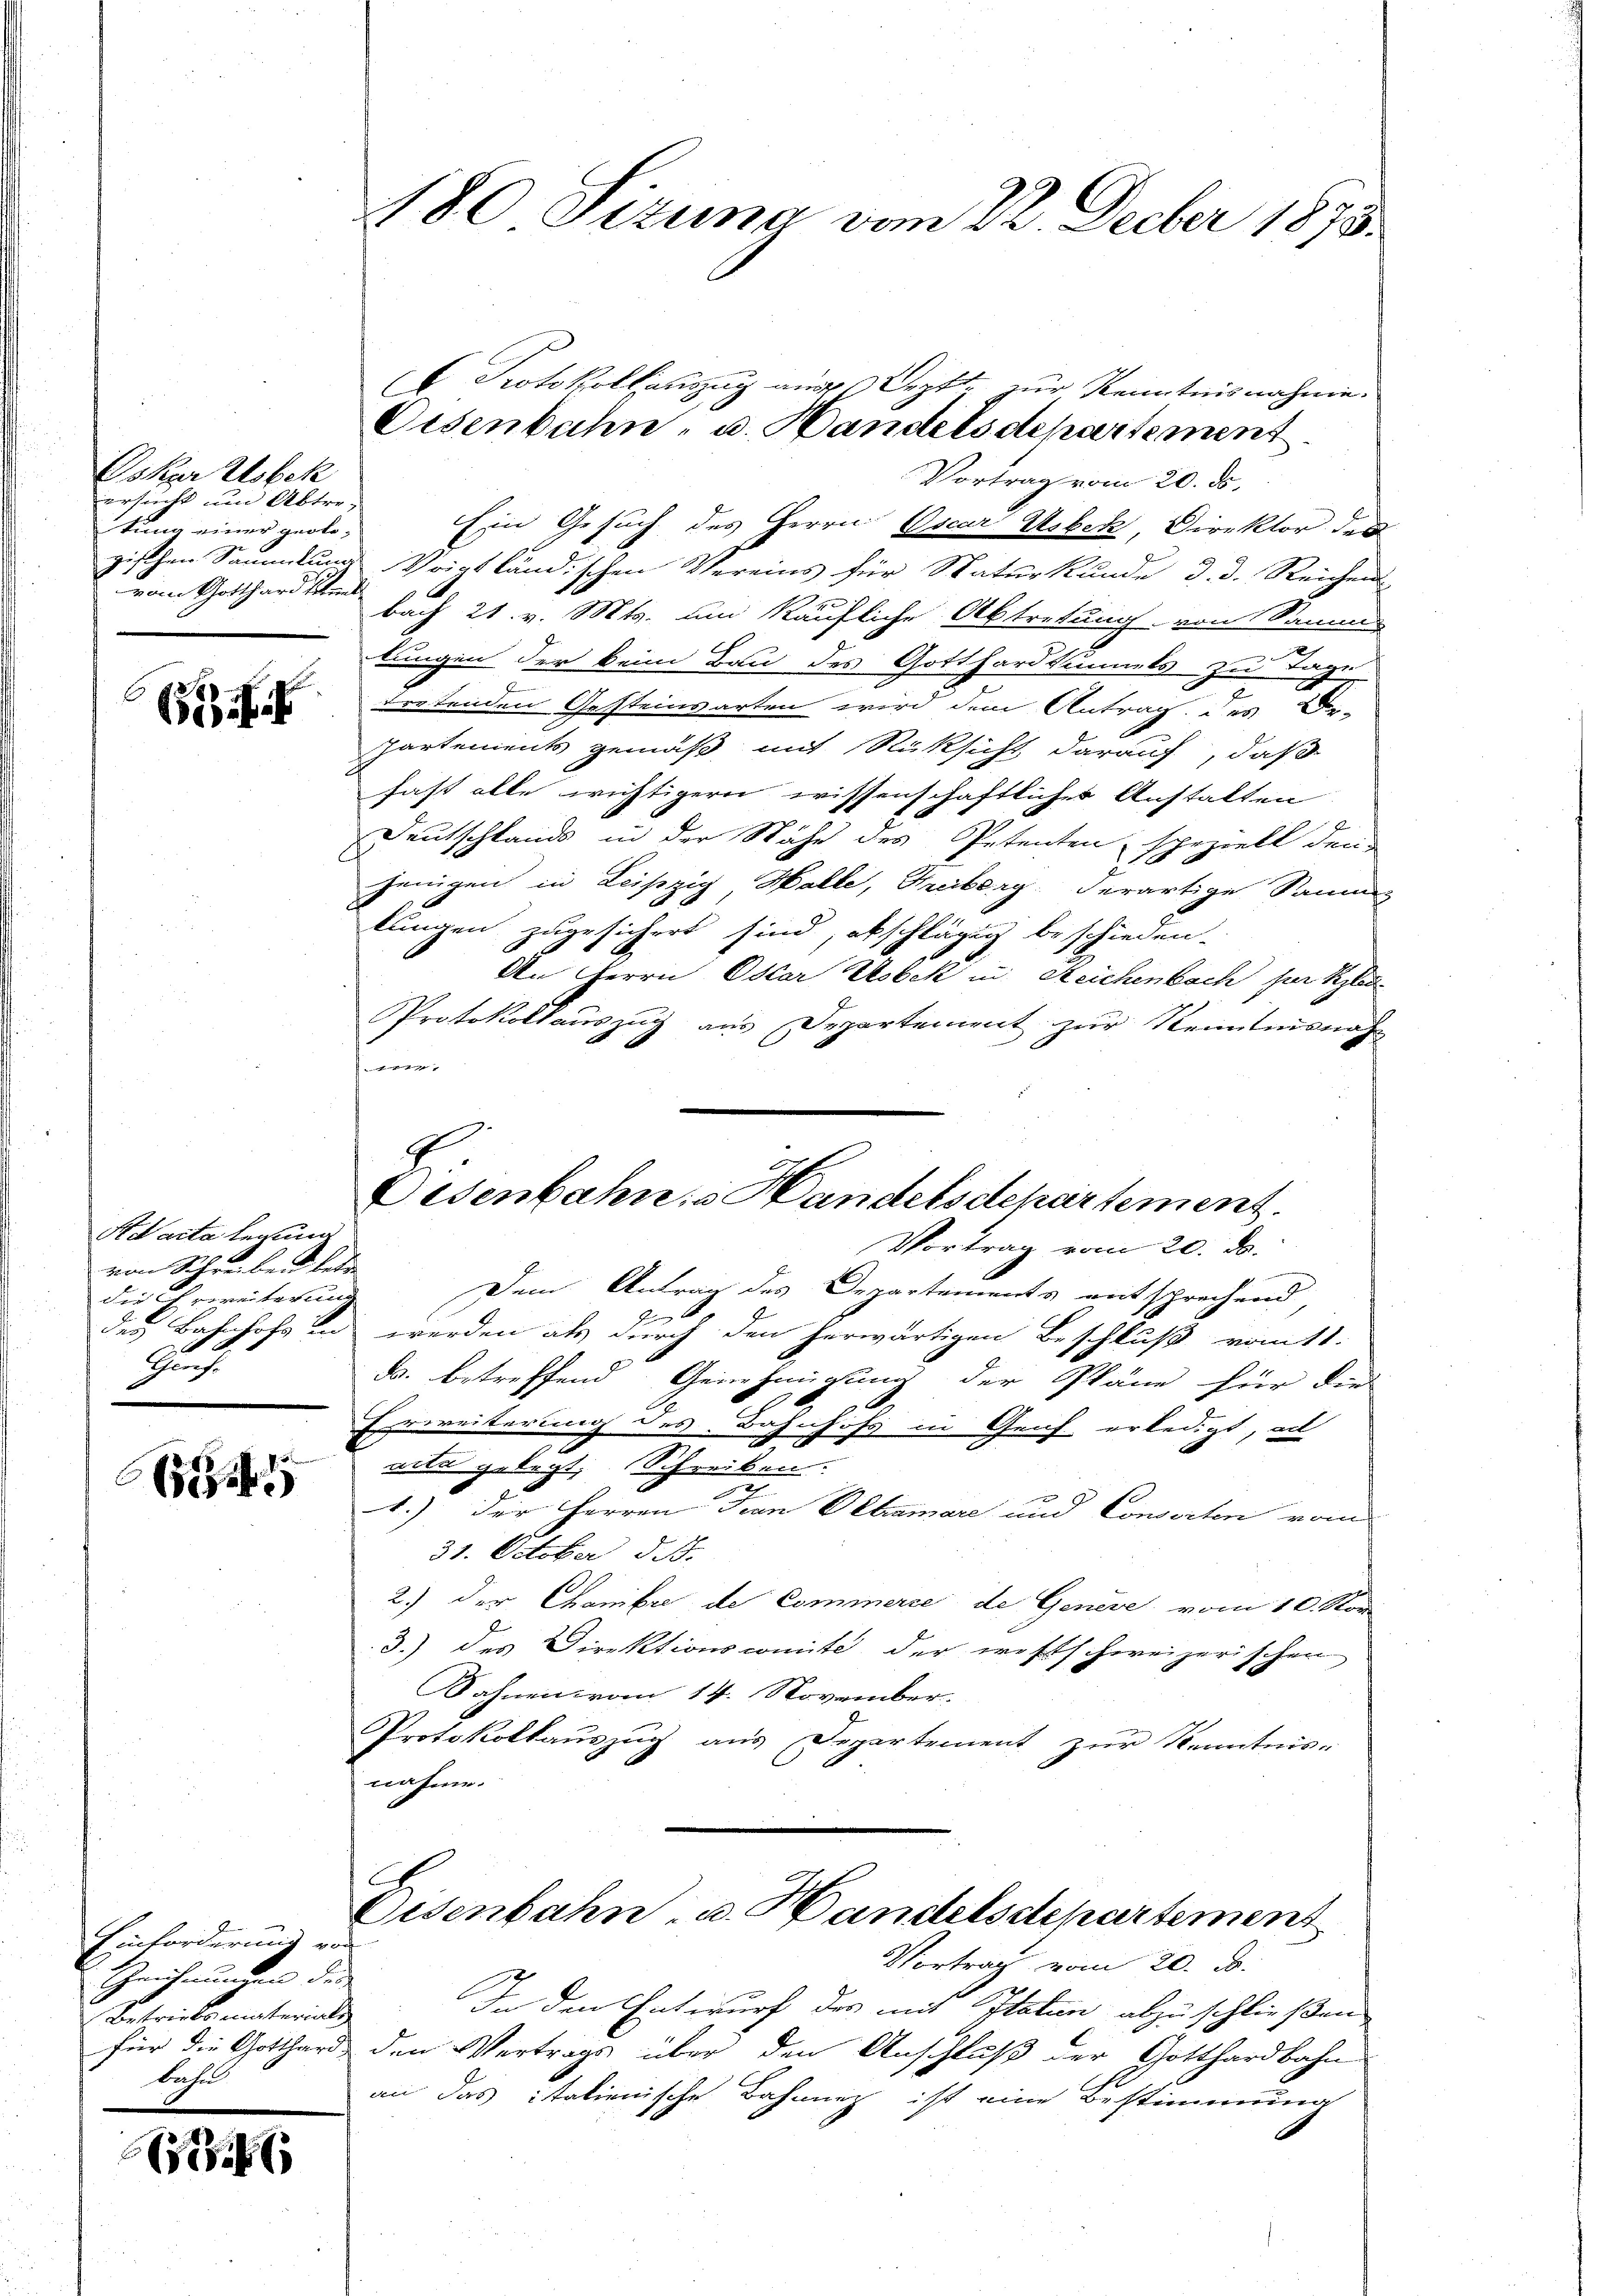
Oskar Usbek
ersucht um Abtre-
tung einer geolovom Gotthard Stund

63 ff

Kacta herung
von Schreiben betr
die Erweiterung
Guh

6

Einforderung von
Zeichnungen der
Betriebsmaterials
bahn

6

Vortrag vom 20. ds.
Ein Gesuch des Herrn Oscar Usbek, Direktor des
gischen Sammlung Vriptländischen Vereins für Naturkunde d. d. Reichen
bach 21. v. Mts. um käufliche Abtretung von Samm
lungen der kein Bau des Gotthardtumals zu Tage
tretenden Gesteinsarten wird dem Antrag des De-
partements gemäß mit Rüksicht darauf, daß
fast alle wichtigern wissenschaftlicher Anstalten
Deutschlands in der Nähe des Petenten, spezielt den
jenigen in Leipzig, Halle, Freiberg, derartige Samm-
kungen zugesichert sind, abschlägig beschieden.
An Herrn Oskar Usbek in Reichenbach für Klei¬
Protokollauszug aus Departement zur Kenntnisnah
4
Dem Antrag des Departements entsprechend,
r
des Bahnhofs und werden als durch den herwärtigen Beschluß voitt.
d. betreffend Genehmigung der Pläne für die
Erweiterung des Bahnhofs in Genf erledigt, al
.
vita gelegt; Schreiben.

1.) Der Herren Juan Oetiamare und Consorten vom
31. October d. J.
2.) Der Chanibre de Commerce de Genere, vom 10. Nov
3.) des Direktionscomite der westschweizerischen
Bahnen vom 14. November.
Protokollauszug aus Departement zur Kenntnis-
nahme.
e
Eisenbahn u. Handelsstepartement
Vortrag vom 20. d.
i
In den Entwurf des mit Itaten abzuschließen
für die Gotthard den Vertrags über den Anschluß der Gotthardbahn
an das italienische Bahnnez ist eine Bestimmung

180 Sizung vom 22. Decber 1873.

Protokollauszug aus Septe zur Kenntnisnahme.
Eisenbahn- u. Handelsdepartement

Eisenbahn, u. Handelsdepartement.
Vortrag vom 20. ds.